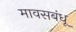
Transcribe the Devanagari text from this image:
मावसबंधू